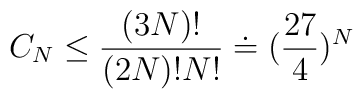
C_N \leq \frac{(3N)!}{(2N)!N!} \doteq (\frac{27}{4})^N